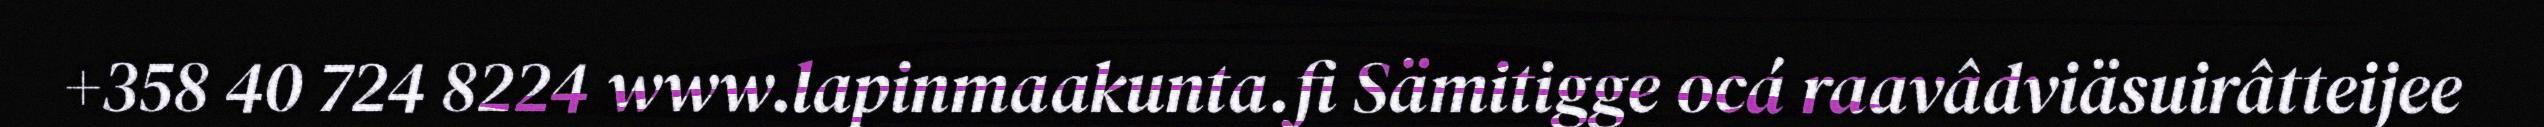
+358 40 724 8224 www.lapinmaakunta.fi Sämitigge ocá raavâdviäsuirâtteijee